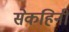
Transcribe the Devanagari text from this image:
सेकहिनी